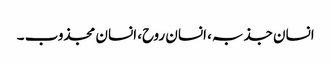
انسان جذبہ، انسان روح، انسان مجذوب ۔